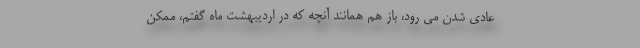
عادی شدن می رود، باز هم همانند آنچه که در اردیبهشت ماه گفتم، ممکن